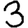
Digit: 3